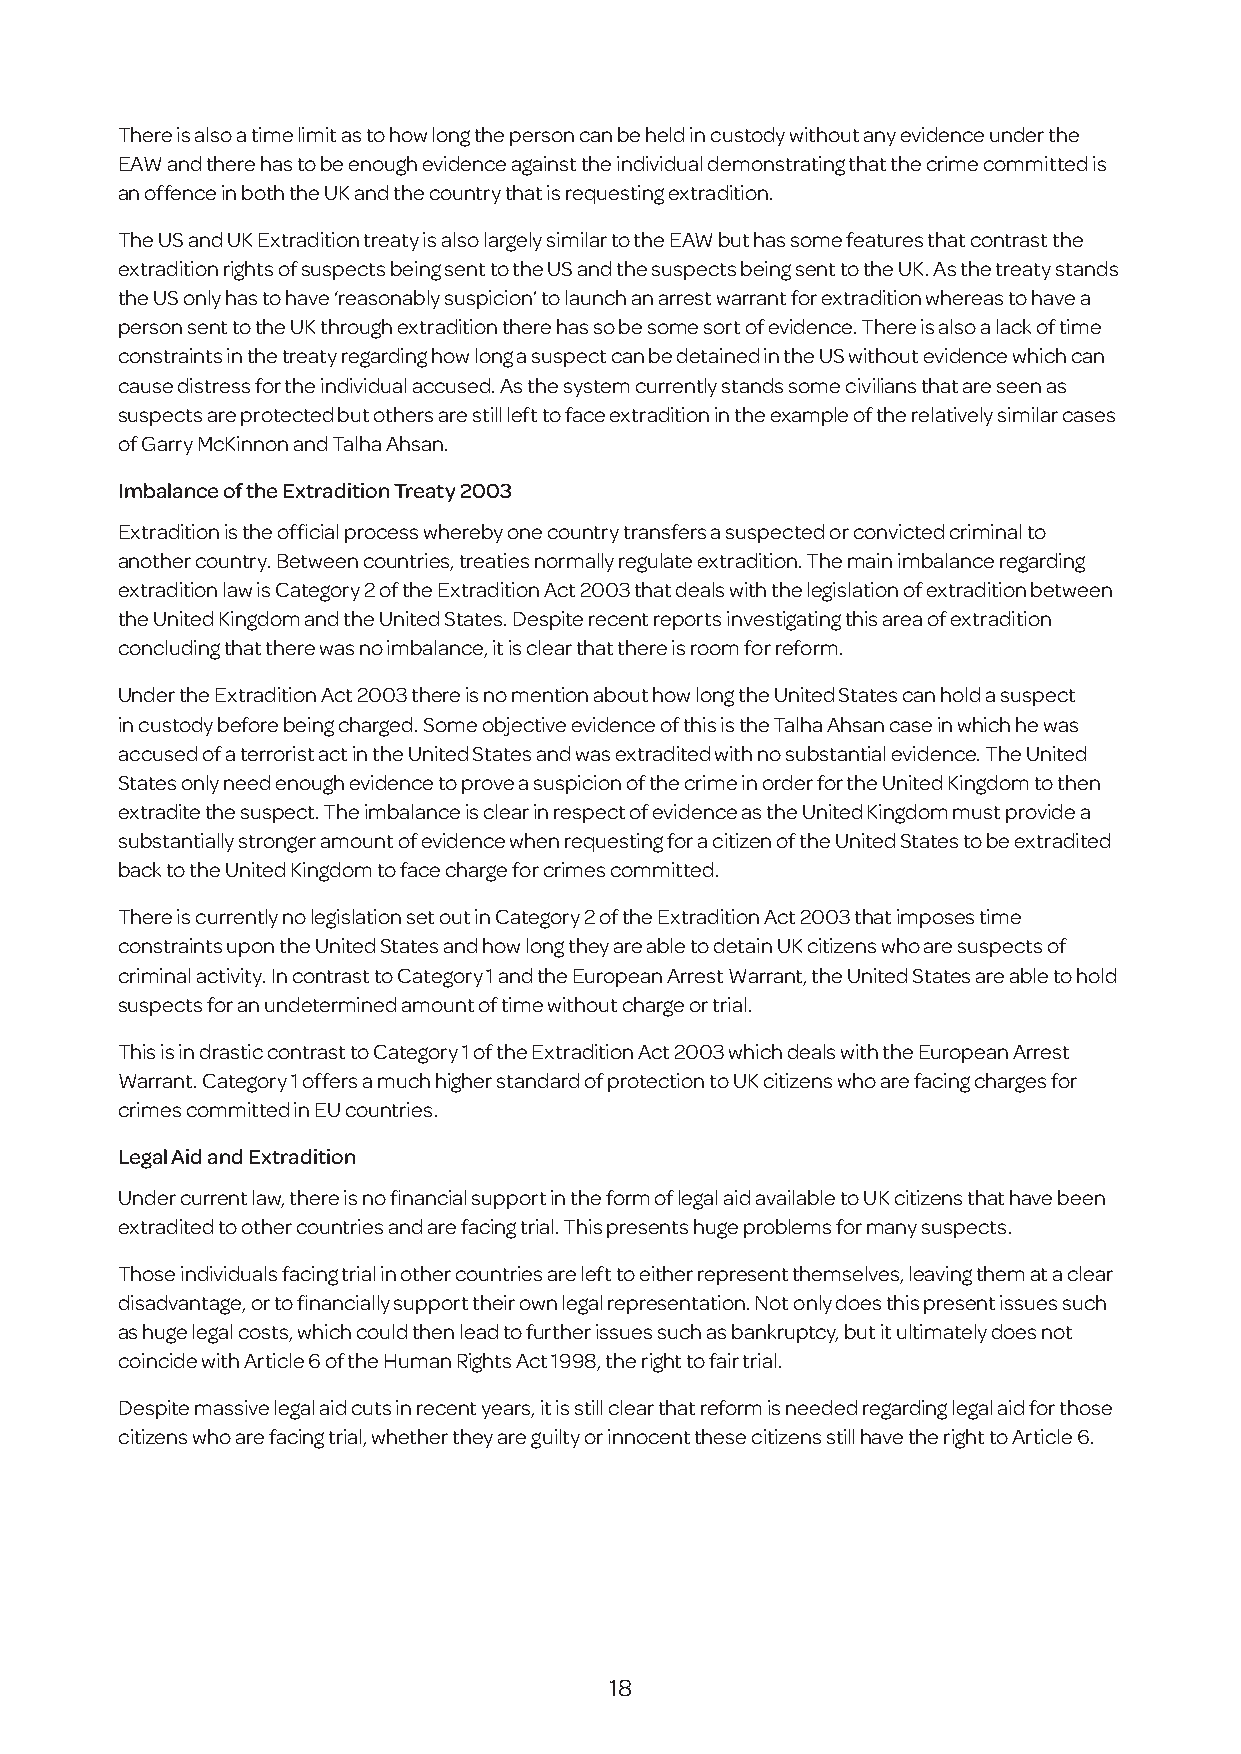
There is also a time limit as to how long the person can be held in custody without any evidence under the
 EAW and there has to be enough evidence against the individual demonstrating that the crime committed is
 an offence in both the UK and the country that is requesting extradition.
 The US and UK Extradition treaty is also largely similar to the EAW but has some features that contrast the
 extradition rights of suspects being sent to the US and the suspects being sent to the UK. As the treaty stands
 the US only has to have ‘reasonably suspicion’ to launch an arrest warrant for extradition whereas to have a
 person sent to the UK through extradition there has so be some sort of evidence. There is also a lack of time
 constraints in the treaty regarding how long a suspect can be detained in the US without evidence which can
 cause distress for the individual accused. As the system currently stands some civilians that are seen as
 suspects are protected but others are still left to face extradition in the example of the relatively similar cases
 of Garry McKinnon and Talha Ahsan.
 Imbalance of the Extradition Treaty 2003
 Extradition is the official process whereby one country transfers a suspected or convicted criminal to
 another country. Between countries, treaties normally regulate extradition. The main imbalance regarding
 extradition law is Category 2 of the Extradition Act 2003 that deals with the legislation of extradition between
 the United Kingdom and the United States. Despite recent reports investigating this area of extradition
 concluding that there was no imbalance, it is clear that there is room for reform.
 Under the Extradition Act 2003 there is no mention about how long the United States can hold a suspect
 in custody before being charged. Some objective evidence of this is the Talha Ahsan case in which he was
 accused of a terrorist act in the United States and was extradited with no substantial evidence. The United
 States only need enough evidence to prove a suspicion of the crime in order for the United Kingdom to then
 extradite the suspect. The imbalance is clear in respect of evidence as the United Kingdom must provide a
 substantially stronger amount of evidence when requesting for a citizen of the United States to be extradited
 back to the United Kingdom to face charge for crimes committed.
 There is currently no legislation set out in Category 2 of the Extradition Act 2003 that imposes time
 constraints upon the United States and how long they are able to detain UK citizens who are suspects of
 criminal activity. In contrast to Category 1 and the European Arrest Warrant, the United States are able to hold
 suspects for an undetermined amount of time without charge or trial.
 This is in drastic contrast to Category 1 of the Extradition Act 2003 which deals with the European Arrest
 Warrant. Category 1 offers a much higher standard of protection to UK citizens who are facing charges for
 crimes committed in EU countries.
 Legal Aid and Extradition
 Under current law, there is no financial support in the form of legal aid available to UK citizens that have been
 extradited to other countries and are facing trial. This presents huge problems for many suspects.
 Those individuals facing trial in other countries are left to either represent themselves, leaving them at a clear
 disadvantage, or to financially support their own legal representation. Not only does this present issues such
 as huge legal costs, which could then lead to further issues such as bankruptcy, but it ultimately does not
 coincide with Article 6 of the Human Rights Act 1998, the right to fair trial.
 Despite massive legal aid cuts in recent years, it is still clear that reform is needed regarding legal aid for those
 citizens who are facing trial, whether they are guilty or innocent these citizens still have the right to Article 6.
 18